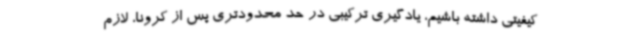
کیفیتی داشته باشیم، یادگیری ترکیبی در حد محدودتری پس از کرونا، لازم